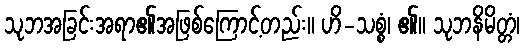
သုဘအခြင်းအရာ၏အဖြစ်ကြောင့်တည်း။ ဟိ-သစ္စံ၊ ၏။ သုဘနိမိတ္တံ၊